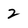
Character: 2